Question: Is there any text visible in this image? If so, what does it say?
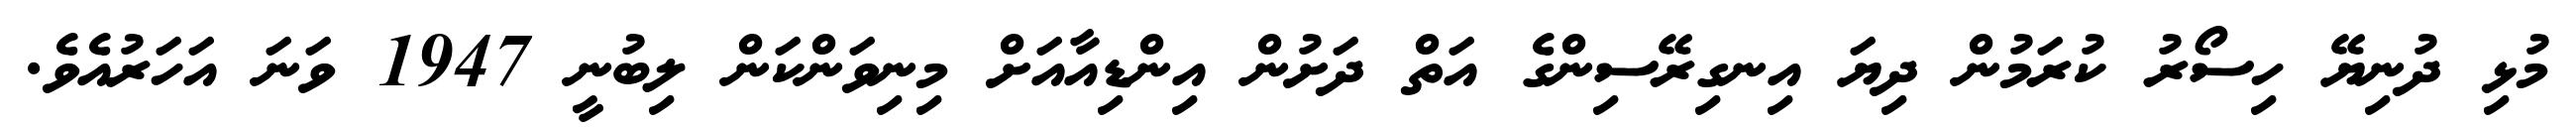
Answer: މުޅި ދުނިޔޭ ހިސޯރު ކުރަމުން ދިޔަ އިނގިރޭސިންގެ އަތް ދަށުން އިންޑިއާއަށް މިނިވަންކަން ލިބުނީ 1947 ވަނަ އަހަރުއެވެ.